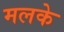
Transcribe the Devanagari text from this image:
मलके